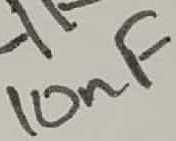
Text: 10nF